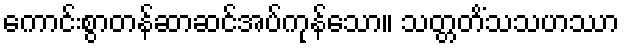
ကောင်းစွာတန်ဆာဆင်အပ်ကုန်သော။ သတ္တတိံသသဟဿာ